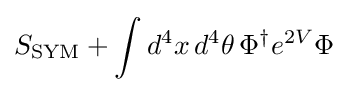
S_{\text{SYM}}+\int d^{4}x\,d^{4}\theta \,\Phi ^{\dagger }e^{2V}\Phi